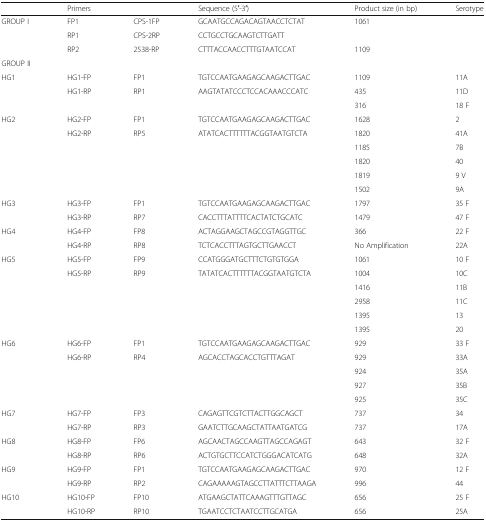
<table><thead><tr><td></td><td><b>Primers</b></td><td></td><td><b>Sequence (5′-3′)</b></td><td><b>Product size (in bp)</b></td><td><b>Serotype</b></td></tr></thead><tbody><tr><td>GROUP I</td><td>FP1</td><td>CPS-1FP</td><td>GCAATGCCAGACAGTAACCTCTAT</td><td>1061</td><td></td></tr><tr><td></td><td>RP1</td><td>CPS-2RP</td><td>CCTGCCTGCAAGTCTTGATT</td><td></td><td></td></tr><tr><td></td><td>RP2</td><td>2538-RP</td><td>CTTTACCAACCTTTGTAATCCAT</td><td>1109</td><td></td></tr><tr><td colspan="6">GROUP II</td></tr><tr><td>HG1</td><td>HG1-FP</td><td>FP1</td><td>TGTCCAATGAAGAGCAAGACTTGAC</td><td>1109</td><td>11A</td></tr><tr><td></td><td>HG1-RP</td><td>RP1</td><td>AAGTATATCCCTCCACAAACCCATC</td><td>435</td><td>11D</td></tr><tr><td></td><td></td><td></td><td></td><td>316</td><td>18 F</td></tr><tr><td>HG2</td><td>HG2-FP</td><td>FP1</td><td>TGTCCAATGAAGAGCAAGACTTGAC</td><td>1628</td><td>2</td></tr><tr><td></td><td>HG2-RP</td><td>RP5</td><td>ATATCACTTTTTTACGGTAATGTCTA</td><td>1820</td><td>41A</td></tr><tr><td></td><td></td><td></td><td></td><td>1185</td><td>7B</td></tr><tr><td></td><td></td><td></td><td></td><td>1820</td><td>40</td></tr><tr><td></td><td></td><td></td><td></td><td>1819</td><td>9 V</td></tr><tr><td></td><td></td><td></td><td></td><td>1502</td><td>9A</td></tr><tr><td>HG3</td><td>HG3-FP</td><td>FP1</td><td>TGTCCAATGAAGAGCAAGACTTGAC</td><td>1797</td><td>35 F</td></tr><tr><td></td><td>HG3-RP</td><td>RP7</td><td>CACCTTTATTTTCACTATCTGCATC</td><td>1479</td><td>47 F</td></tr><tr><td>HG4</td><td>HG4-FP</td><td>FP8</td><td>ACTAGGAAGCTAGCCGTAGGTTGC</td><td>366</td><td>22 F</td></tr><tr><td></td><td>HG4-RP</td><td>RP8</td><td>TCTCACCTTTAGTGCTTGAACCT</td><td>No Amplification</td><td>22A</td></tr><tr><td>HG5</td><td>HG5-FP</td><td>FP9</td><td>CCATGGGATGCTTTCTGTGTGGA</td><td>1061</td><td>10 F</td></tr><tr><td></td><td>HG5-RP</td><td>RP9</td><td>TATATCACTTTTTTACGGTAATGTCTA</td><td>1004</td><td>10C</td></tr><tr><td></td><td></td><td></td><td></td><td>1416</td><td>11B</td></tr><tr><td></td><td></td><td></td><td></td><td>2958</td><td>11C</td></tr><tr><td></td><td></td><td></td><td></td><td>1395</td><td>13</td></tr><tr><td></td><td></td><td></td><td></td><td>1395</td><td>20</td></tr><tr><td>HG6</td><td>HG6-FP</td><td>FP1</td><td>TGTCCAATGAAGAGCAAGACTTGAC</td><td>929</td><td>33 F</td></tr><tr><td></td><td>HG6-RP</td><td>RP4</td><td>AGCACCTAGCACCTGTTTAGAT</td><td>929</td><td>33A</td></tr><tr><td></td><td></td><td></td><td></td><td>924</td><td>35A</td></tr><tr><td></td><td></td><td></td><td></td><td>927</td><td>35B</td></tr><tr><td></td><td></td><td></td><td></td><td>925</td><td>35C</td></tr><tr><td>HG7</td><td>HG7-FP</td><td>FP3</td><td>CAGAGTTCGTCTTACTTGGCAGCT</td><td>737</td><td>34</td></tr><tr><td></td><td>HG7-RP</td><td>RP3</td><td>GAATCTTGCAAGCTATTAATGATCG</td><td>737</td><td>17A</td></tr><tr><td>HG8</td><td>HG8-FP</td><td>FP6</td><td>AGCAACTAGCCAAGTTAGCCAGAGT</td><td>643</td><td>32 F</td></tr><tr><td></td><td>HG8-RP</td><td>RP6</td><td>ACTGTGCTTCCATCTGGGACATCATG</td><td>648</td><td>32A</td></tr><tr><td>HG9</td><td>HG9-FP</td><td>FP1</td><td>TGTCCAATGAAGAGCAAGACTTGAC</td><td>970</td><td>12 F</td></tr><tr><td></td><td>HG9-RP</td><td>RP2</td><td>CAGAAAAAGTAGCCTTATTTCTTAAGA</td><td>996</td><td>44</td></tr><tr><td>HG10</td><td>HG10-FP</td><td>FP10</td><td>ATGAAGCTATTCAAAGTTTGTTAGC</td><td>656</td><td>25 F</td></tr><tr><td></td><td>HG10-RP</td><td>RP10</td><td>TGAATCCTCTAATCCTTGCATGA</td><td>656</td><td>25A</td></tr></tbody></table>